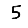
Digit: 5